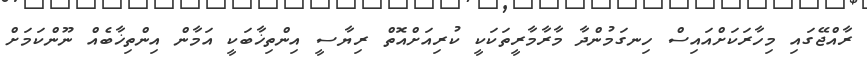
ރާއްޖޭގައި މިހާރަކަށްއައިސް ހިނގަމުންދާ މާރާމާރީތަކަކީ ކުރިއަށްއޮތް ރިޔާސީ އިންތިޚާބަކީ އަމާން އިންތިޚާބެއް ނޫންކަމަށް